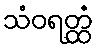
သံဝရတ္ထံ